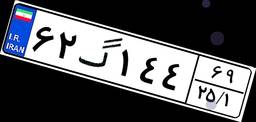
۴۹گ۷۶۰۴۷